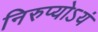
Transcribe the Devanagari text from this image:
निरुप्योऽयं